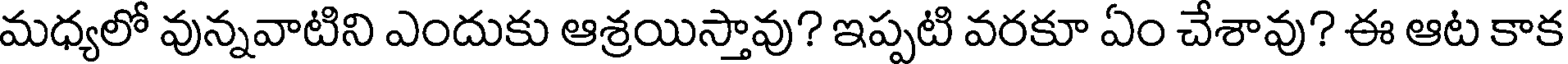
మధ్యలో వున్నవాటిని ఎందుకు ఆశ్రయిస్తావు? ఇప్పటి వరకూ ఏం చేశావు? ఈ ఆట కాక